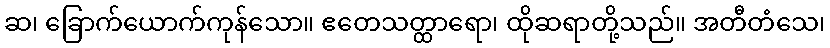
ဆ၊ ခြောက်ယောက်ကုန်သော။ ဧတေသတ္ထာရော၊ ထိုဆရာတို့သည်။ အတီတံသေ၊